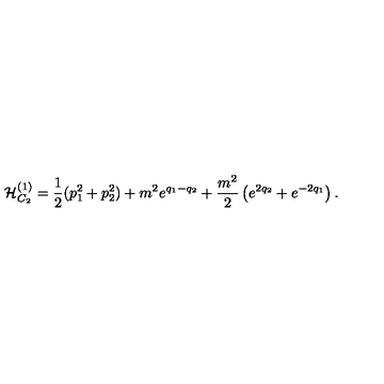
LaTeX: { \cal H } _ { C _ { 2 } } ^ { ( 1 ) } = { \frac { 1 } { 2 } } ( p _ { 1 } ^ { 2 } + p _ { 2 } ^ { 2 } ) + m ^ { 2 } e ^ { q _ { 1 } - q _ { 2 } } + { \frac { m ^ { 2 } } { 2 } } \left( e ^ { 2 q _ { 2 } } + e ^ { - 2 q _ { 1 } } \right) .